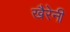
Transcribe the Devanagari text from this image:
खैरेनी